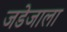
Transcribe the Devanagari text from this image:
जडेजाला